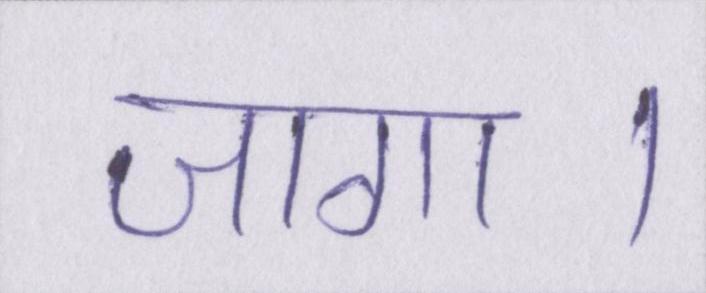
जागा।